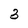
Character: 3